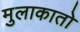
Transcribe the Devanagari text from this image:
मुलाकातो